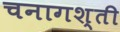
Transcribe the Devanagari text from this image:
चनागश्ती